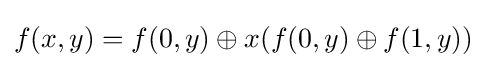
f(x,y)=f(0,y)\oplus x(f(0,y)\oplus f(1,y))